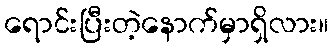
ရောင်းပြီးတဲ့နောက်မှာရှိလား။